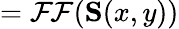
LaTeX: ={\mathcal{FF}}(\mathbf{S}(x,y))